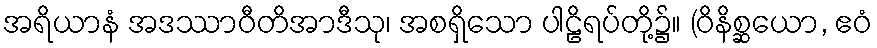
အရိယာနံ အဒဿာဝီတိအာဒီသု၊ အစရှိသော ပါဠိရပ်တို့၌။ (ဝိနိစ္ဆယော, ဧဝံ